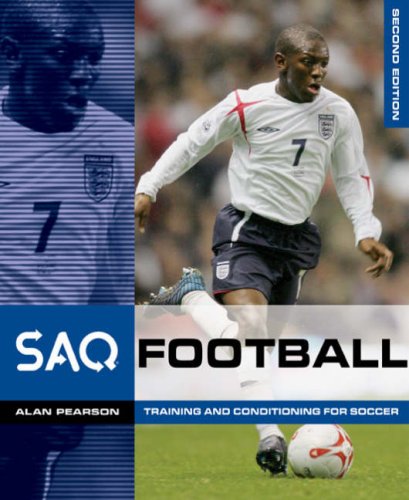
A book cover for SAQ Football: Speed, Aglility and Quickness for Football (SAQ): Speed, Aglility and Quickness for Fo; Alan Pearson; Sports & Outdoors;